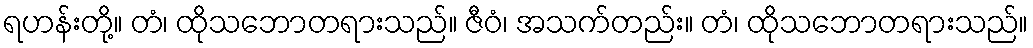
ရဟန်းတို့။ တံ၊ ထိုသဘောတရားသည်။ ဇီဝံ၊ အသက်တည်း။ တံ၊ ထိုသဘောတရားသည်။